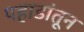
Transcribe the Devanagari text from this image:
पहाडांतून